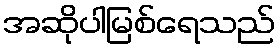
အဆိုပါမြစ်ရေသည်